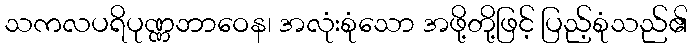
သကလပရိပုဏ္ဏဘာဝေန၊ အလုံးစုံသော အဖို့တို့ဖြင့် ပြည့်စုံသည်၏